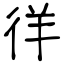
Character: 徉